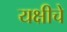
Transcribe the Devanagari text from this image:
यक्षीचे